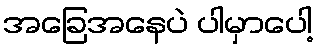
အခြေအနေပဲ ပါမှာပေါ့